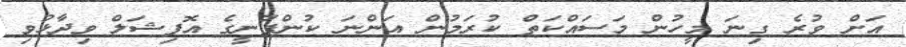
އަށް ވުރެ ގިނަ މީހުން މަސައްކަތް ކުރަމުން އަންނަ ކުންފުނީގެ އޮފިޝަލް ވިދާޅުވި